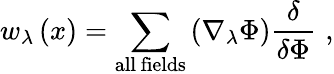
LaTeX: w_{\lambda}\left(x\right)=\sum_{\mathrm{all\, fields}}\left(\nabla_{\lambda}\Phi\right)\frac\delta{\delta\Phi}\, \, ,